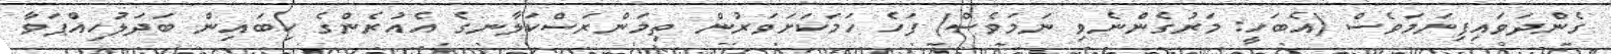
ގެންދަވައިފިނަމަވެސް (އެބަހީ: މަރުގެންނެވި ނަމަވެސް) ފަހެ ހަމަކަށަވަރުން ތިމަންރަސްކަލާނގެ އެއުރެންގެ ކިބައިން ބަދަލުހިއްޕަވާ